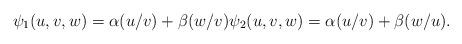
LaTeX: \begin{align*}\psi_1(u,v,w)=\alpha (u/v)+\beta (w/v) \psi_2(u,v,w)=\alpha(u/v)+\beta(w/u).\end{align*}